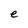
Character: e